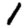
Digit: 1